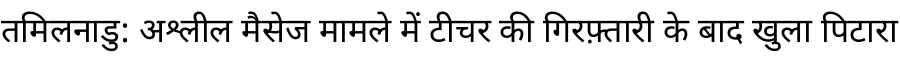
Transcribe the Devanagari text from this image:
तमिलनाडु: अश्लील मैसेज मामले में टीचर की गिरफ़्तारी के बाद खुला पिटारा